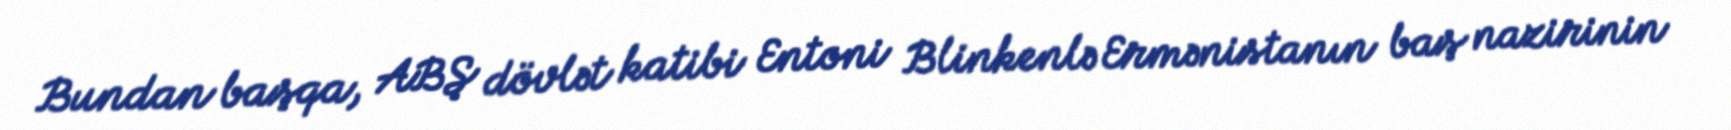
Bundan başqa, ABŞ dövlət katibi Entoni Blinkenlə Ermənistanın baş nazirinin